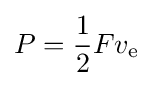
P={\frac {1}{2}}Fv_{\text{e}}